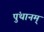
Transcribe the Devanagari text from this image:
पुंथानम्